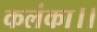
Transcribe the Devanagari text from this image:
कलंका।।